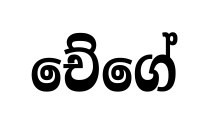
චේගේ